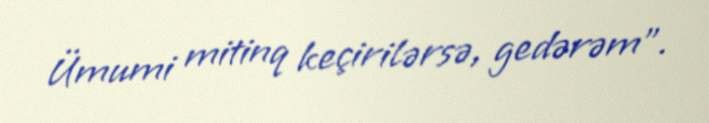
Ümumi mitinq keçirilərsə, gedərəm”.